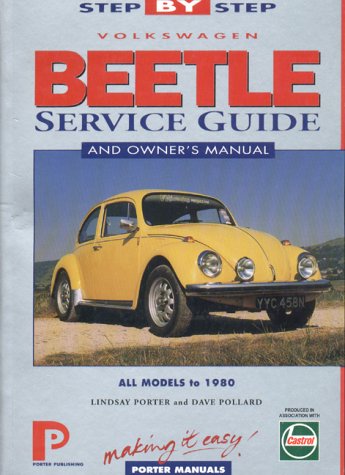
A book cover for Volkswagen Beetle up to 1980: Step-by-Step Service Guide (Porter Manuals); Porter Manuals; Engineering & Transportation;